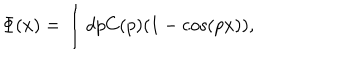
\Phi ( x ) = \int d p C ( p ) ( 1 - \cos ( p x ) ) ,